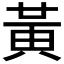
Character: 黃